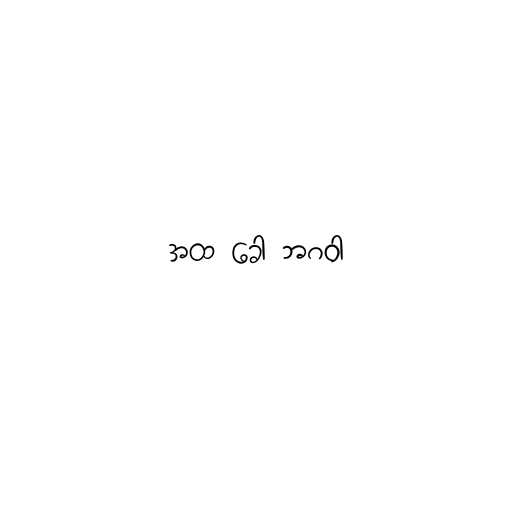
အထ ခေါ ဘဂဝါ